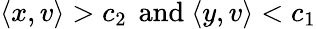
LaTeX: \langle x,v\rangle>c_{2}\, {\mathrm{~and~}}\langle y,v\rangle<c_{1}